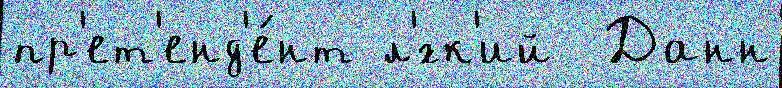
пр'ет'енд'е́нт л'́гк'ий  Данн